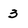
Character: 3